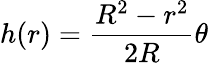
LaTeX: h(r)=\frac{R^{2}-r^{2}}{2R}\theta